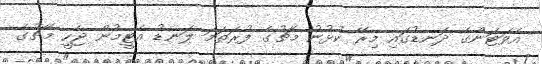
އެވަޓަންގެ ދަނޑުގައި މިރޭ ކުޅުނު މެޗުގެ ފުރަތަމަ ލަނޑު އެޓީމުން ޖެހީ މެޗުގެ